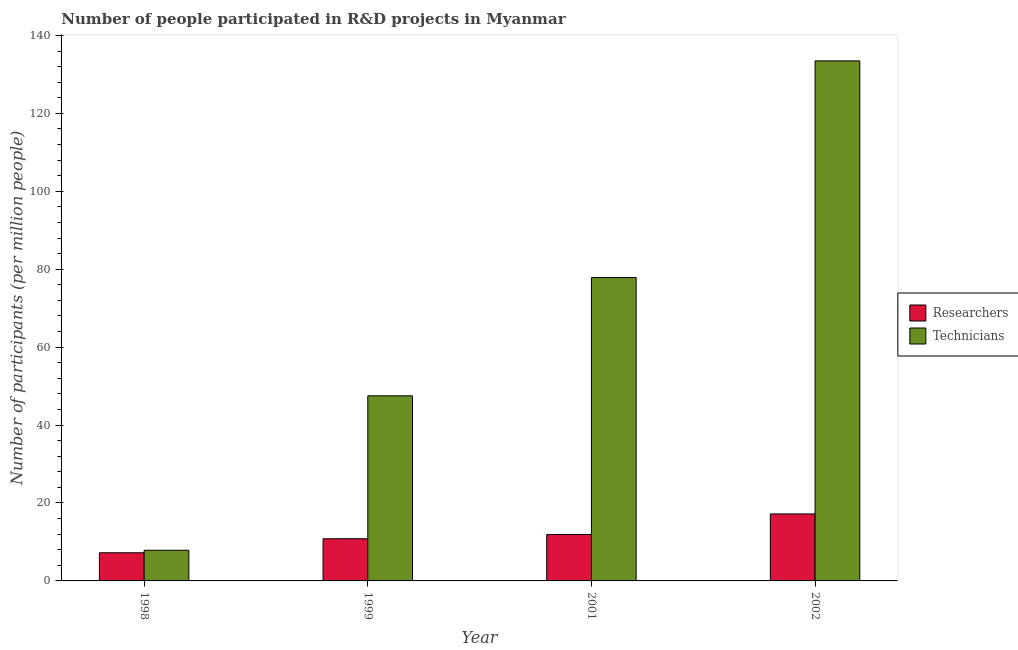
| Year | Researchers | Technicians |
 | --- | --- | --- |
 | 1998 | 7.22 | 7.87 |
 | 1999 | 10.8 | 47.5 |
 | 2001 | 11.9 | 77.9 |
 | 2002 | 17.2 | 133 |